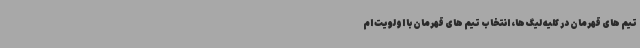
تیم های قهرمان در کلیه لیگ ها، انتخاب تیم های قهرمان با اولویت ام